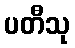
ပတီသု